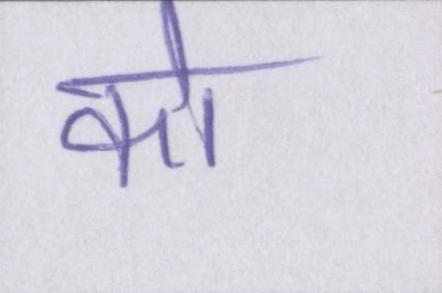
को